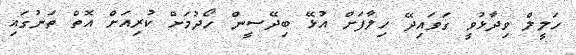
ހަލީލް ވިދާޅުވީ ގަވައިދޭ ހިލާފަށް އުޅޭ ބިދޭސީން ހޯދުމަށް ކުރިއަށް އޮތް ތަނުގައި